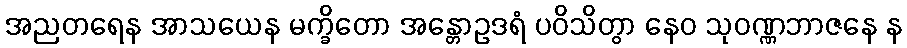
အညတရေန အာသယေန မက္ခိတော အန္တောဥဒရံ ပဝိသိတွာ နေဝ သုဝဏ္ဏဘာဇနေ န